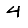
Digit: 4